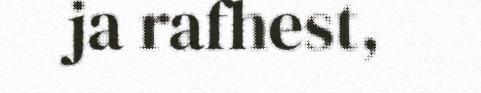
ja rafhest,